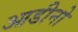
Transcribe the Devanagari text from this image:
आडीनो